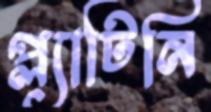
প্ল্যাটিনি